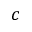
c